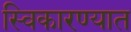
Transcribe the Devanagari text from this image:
स्विकारण्यात